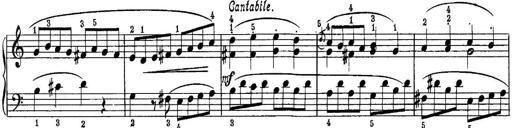
Title: Quatres sonatines
Composer: Tadeusz Joteyko